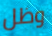
وظل